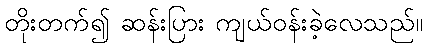
တိုးတက်၍ ဆန်းပြား ကျယ်ဝန်းခဲ့လေသည်။